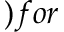
) f o r